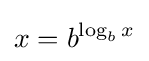
x=b^{\log _{b}x}